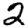
Digit: 2